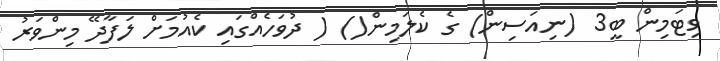
ވިޓަމިން ބީ3 (ނިއަސިން) ގެ ކެލަމިން() ( ދުވަހެއްގައި ކެއުމަށް ލަފާދޭ މިންވަރު